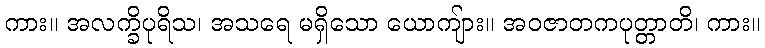
ကား။ အလက္ခိပုရိသ၊ အသရေ မရှိသော ယောကျ်ား။ အဝဇာတကပုတ္တာတိ၊ ကား။